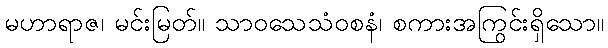
မဟာရာဇ၊ မင်းမြတ်။ သာဝသေသံဝစနံ၊ စကားအကြွင်းရှိသော။